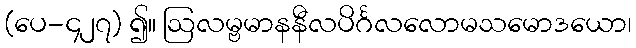
(ပေ-၄၂၇) ၍။ ဩလမ္ဗမာနနီလပိင်္ဂလလောမသမောဒယော၊